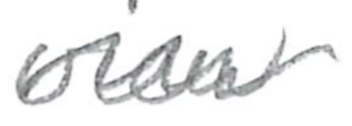
Text: view
Cross-out: wave
Writing tool: pencil